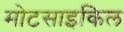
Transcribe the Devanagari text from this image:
मोटसाइकिल